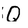
Character: Q